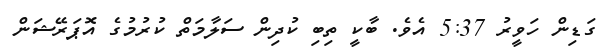
ގަޑިން ހަވީރު 5:37 އެވެ. ބާކީ ތިބި ކުދިން ސަލާމަތް ކުރުމުގެ އޮޕަރޭޝަން